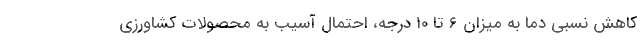
کاهش نسبی دما به میزان ۶ تا ۱۰ درجه، احتمال آسیب به محصولات کشاورزی